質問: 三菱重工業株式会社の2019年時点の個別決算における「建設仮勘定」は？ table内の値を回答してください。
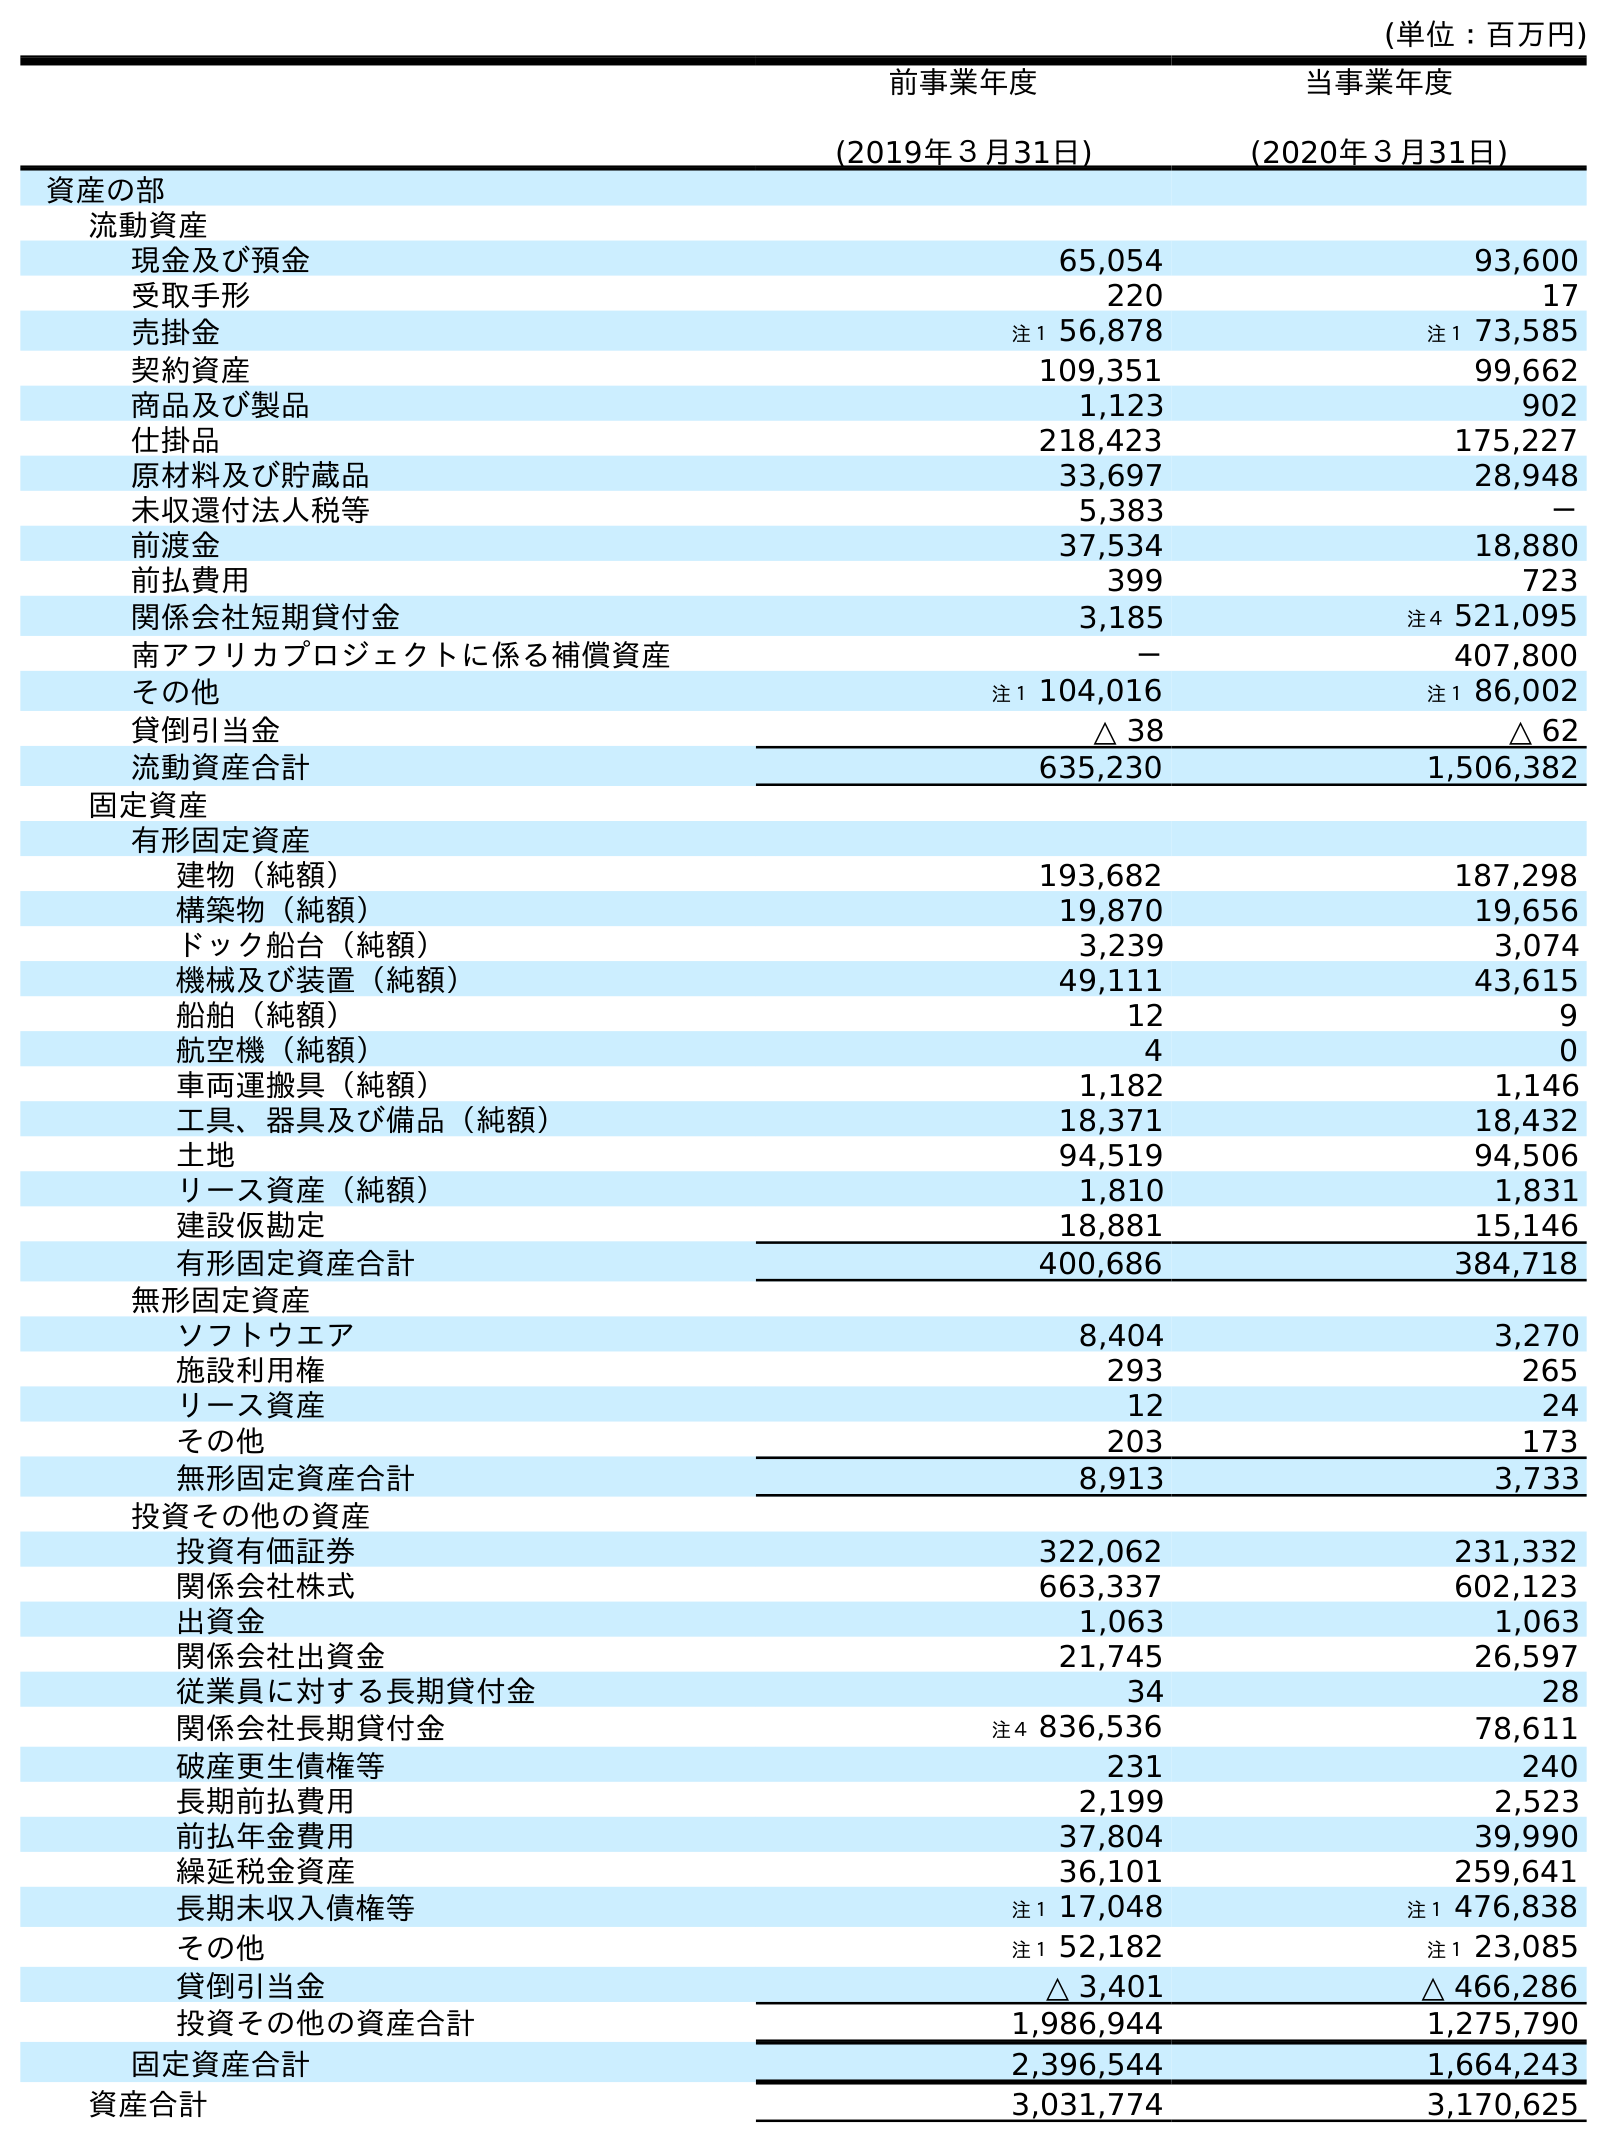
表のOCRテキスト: (単位：百万円) 前事業年度 (2019年３月31日) 当事業年度 (2020年３月31日) 資産の部 流動資産 現金及び預金 65,054 93,600 受取手形 220 17 売掛金 注１ 56,878 注１ 73,585 契約資産 109,351 99,662 商品及び製品 1,123 902 仕掛品 218,423 175,227 原材料及び貯蔵品 33,697 28,948 未収還付法人税等 5,383 － 前渡金 37,534 18,880 前払費用 399 723 関係会社短期貸付金 3,185 注４ 521,095 南アフリカプロジェクトに係る補償資産 － 407,800 その他 注１ 104,016 注１ 86,002 貸倒引当金 △ 38 △ 62 流動資産合計 635,230 1,506,382 固定資産 有形固定資産 建物（純額） 193,682 187,298 構築物（純額） 19,870 19,656 ドック船台（純額） 3,239 3,074 機械及び装置（純額） 49,111 43,615 船舶（純額） 12 9 航空機（純額） 4 0 車両運搬具（純額） 1,182 1,146 工具、器具及び備品（純額） 18,371 18,432 土地 94,519 94,506 リース資産（純額） 1,810 1,831 建設仮勘定 18,881 15,146 有形固定資産合計 400,686 384,718 無形固定資産 ソフトウエア 8,404 3,270 施設利用権 293 265 リース資産 12 24 その他 203 173 無形固定資産合計 8,913 3,733 投資その他の資産 投資有価証券 322,062 231,332 関係会社株式 663,337 602,123 出資金 1,063 1,063 関係会社出資金 21,745 26,597 従業員に対する長期貸付金 34 28 関係会社長期貸付金 注４ 836,536 78,611 破産更生債権等 231 240 長期前払費用 2,199 2,523 前払年金費用 37,804 39,990 繰延税金資産 36,101 259,641 長期未収入債権等 注１ 17,048 注１ 476,838 その他 注１ 52,182 注１ 23,085 貸倒引当金 △ 3,401 △ 466,286 投資その他の資産合計 1,986,944 1,275,790 固定資産合計 2,396,544 1,664,243 資産合計 3,031,774 3,170,625
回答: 18,881